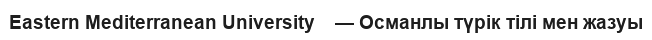
Eastern Mediterranean University    — Османлы түрік тілі мен жазуы